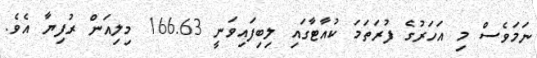
ނަމަވެސް މި އަހަރުގެ ފުރަތަމަ ކުއާޓާގައި ލިބިފައިވަނީ 166.63 މިލިއަން ރުފިޔާ އެވެ.